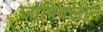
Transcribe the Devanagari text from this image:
जोपिक्लोन